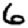
Digit: 6